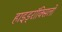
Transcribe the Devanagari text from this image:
हाइड्रॉक्सिलों